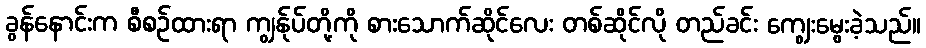
ခွန်နောင်းက စီစဉ်ထားရာ ကျွန်ုပ်တို့ကို စားသောက်ဆိုင်လေး တစ်ဆိုင်လို တည်ခင်း ကျွေးမွေးခဲ့သည်။